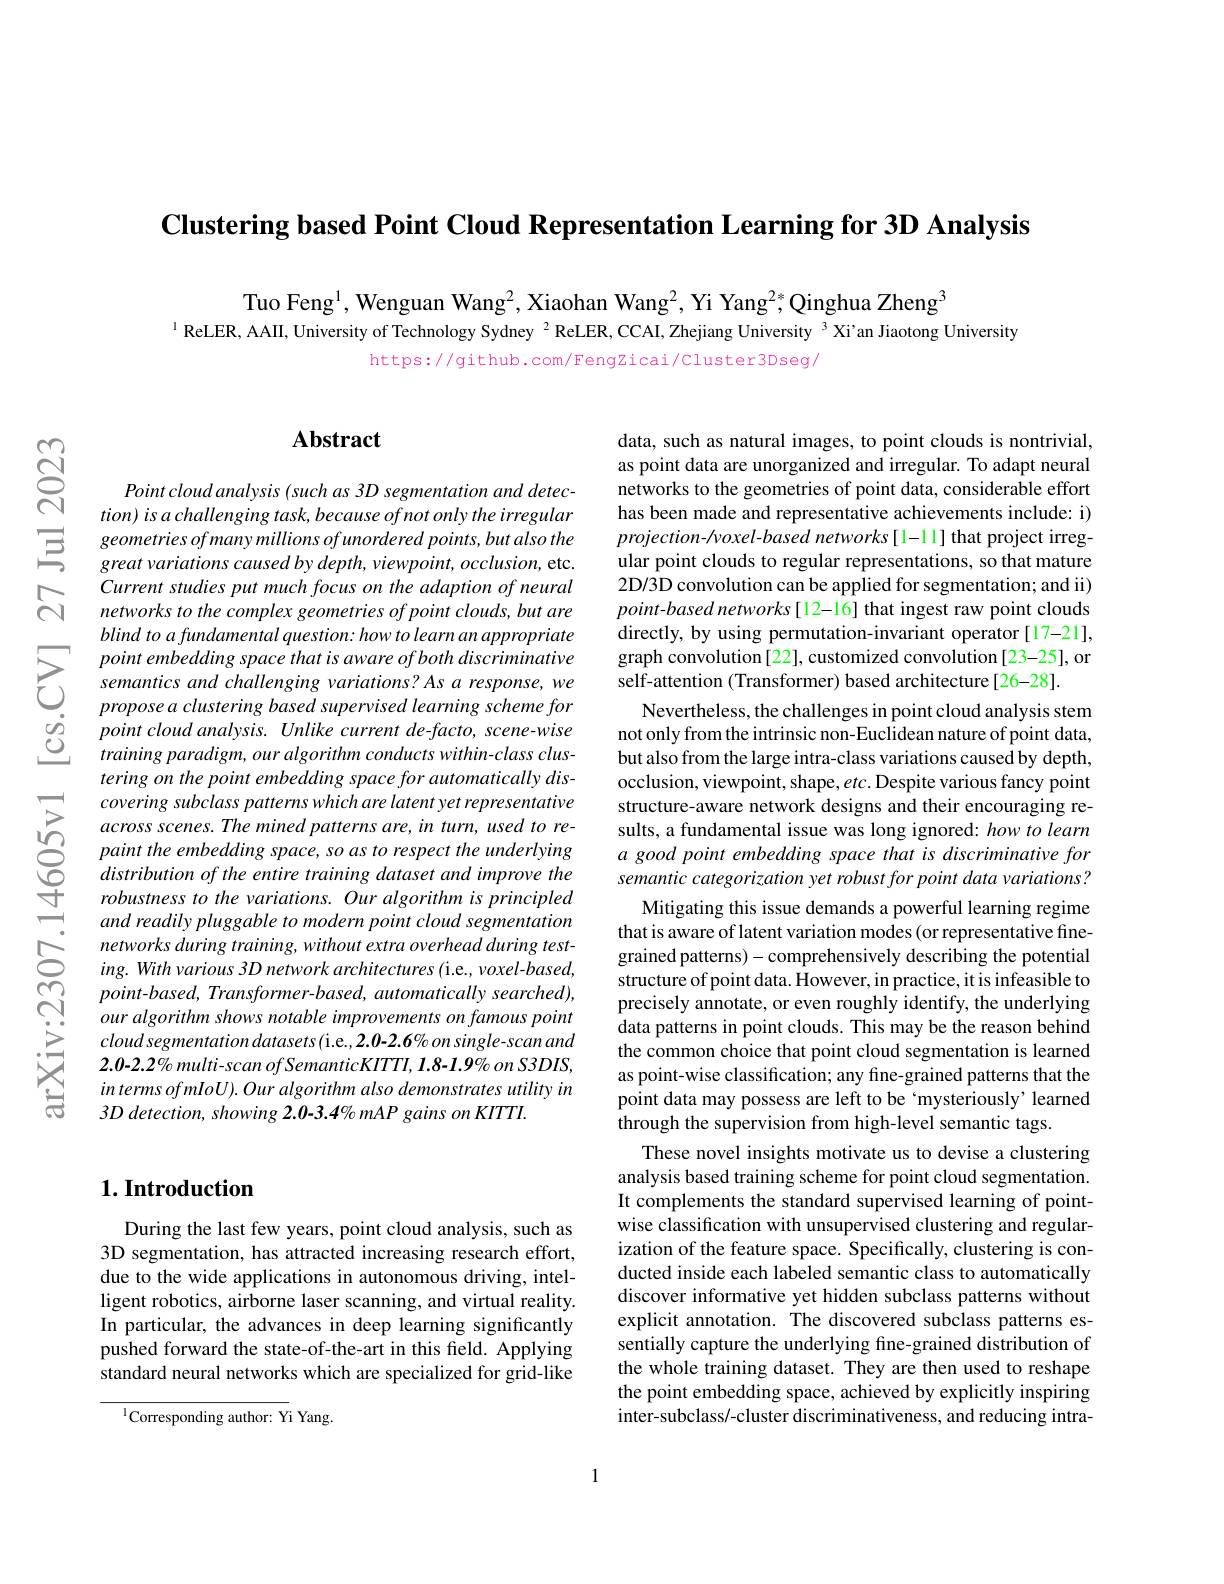
$\textbf{Clustering based Point Cloud Representation Learning for 3D Analysis}$

Tuo Feng$^1$,Wenguan Wang$^2$,Xiaohan Wang$^2$,Yi Yang$^2*$,Qinghua Zheng$^3$
$^{\text{l}}$ ReLER, AAII, University of Technology Sydney $^{2}$ ReLER, CCAI, Zhejiang University $^{3}$ Xi'an Jiaotong University
https://github.com/Fengzicai/Cluster3Dseg/

$ଟ୍ରି$

## $\mathbf{Abstract}$

Point cloud analysis (such as 3D segmentation and detection) is a challenging task, because of not only the irregular
Current studies put much focus on the adaption of neural networks to the complex geometries of point clouds, but are blind to a fundamental question: how to learn an appropriate point embedding space that is aware of both discriminative semantics and challenging variations? As a response, we propose a clustering based supervised learning scheme for point cloud analysis. Unlike current de-facto, scene-wise training paradigm, our algorithm conducts within-class clustering on the point embedding space for automatically discovering subclass patterns which are latent yet representative across scenes. The mined patterns are, in turn, used to repaint the embedding space, so as to respect the underlying distribution of the entire training dataset and improve the robustness to the variations. Our algorithm is principled and readily pluggable to modern point cloud segmentation networks during training, without extra overhead during testing. With various 3D network architectures (i.e., voxel-based, $point-based,Transformer-based,automaticallysearched)$, our algorithm shows notable improvements on famous point $cloudsegmentationdatasets($i.e., 2.0-2.6% on single-scan and $2.0-2.2\%multi-scanofSemanticKITTI,1.8-1.9\%onS3DIS$, $intermsofmIoU).Ouralgorithmalsodemonstrates$ utility in 3D detection, showing 2.0-3.4%mAP gains on KITTI.

## $1. \textbf{Introduction}$

During the last few years, point cloud analysis, such as 3D segmentation, has attracted increasing research effort, due to the wide applications in autonomous driving, intelligent robotics, airborne laser scanning, and virtual reality. In particular, the advances in deep learning significantly pushed forward the state-of-the-art in this field. Applying standard neural networks which are specialized for grid-like

$^{1}$Corresponding author: Yi Yang.

data, such as natural images, to point clouds is nontrivial, as point data are unorganized and irregular. To adapt neural networks to the geometries of point data, considerable effort has been made and representative achievements include: i) projection- hvoxel- based networks [1-11] that project irregular point clouds to regular representations, so that mature 2D/3D convolution can be applied for segmentation; and ii) point-based networks[12-16] that ingest raw point clouds directly, by using permutation-invariant operator[17-21], graph convolution[22], customized convolution[23-25], or self-attention (Transformer) based architecture[26-28].
Nevertheless, the challenges in point cloud analysis stem not only from the intrinsic non-Euclidean nature of point data, but also from the large intra-class variations caused by depth, occlusion, viewpoint, shape, etc. Despite various fancy point structure-aware network designs and their encouraging results, a fundamental issue was long ignored: how to learn a good point embedding space that is discriminative for semantic categorization yet robust for point data variations?
Mitigating this issue demands a powerful learning regime that is aware of latent variation modes (or representative finegrained patterns)- comprehensively describing the potential structure of point data. However, in practice, it is infeasible to precisely annotate, or even roughly identify, the underlying data patterns in point clouds. This may be the reason behind the common choice that point cloud segmentation is learned as point-wise classification; any fine-grained patterns that the point data may possess are left to be ‘mysteriously’learned through the supervision from high-level semantic tags.
These novel insights motivate us to devise a clustering analysis based training scheme for point cloud segmentation. It complements the standard supervised learning of pointwise classification with unsupervised clustering and regularization of the feature space. Specifically, clustering is conducted inside each labeled semantic class to automatically discover informative yet hidden subclass patterns without explicit annotation. The discovered subclass patterns essentially capture the underlying fine-grained distribution of the whole training dataset. They are then used to reshape the point embedding space, achieved by explicitly inspiring inter-subclass/-cluster discriminativeness, and reducing intra-